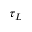
\tau _ { L }